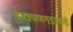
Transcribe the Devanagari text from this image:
नारायणगडाकडे